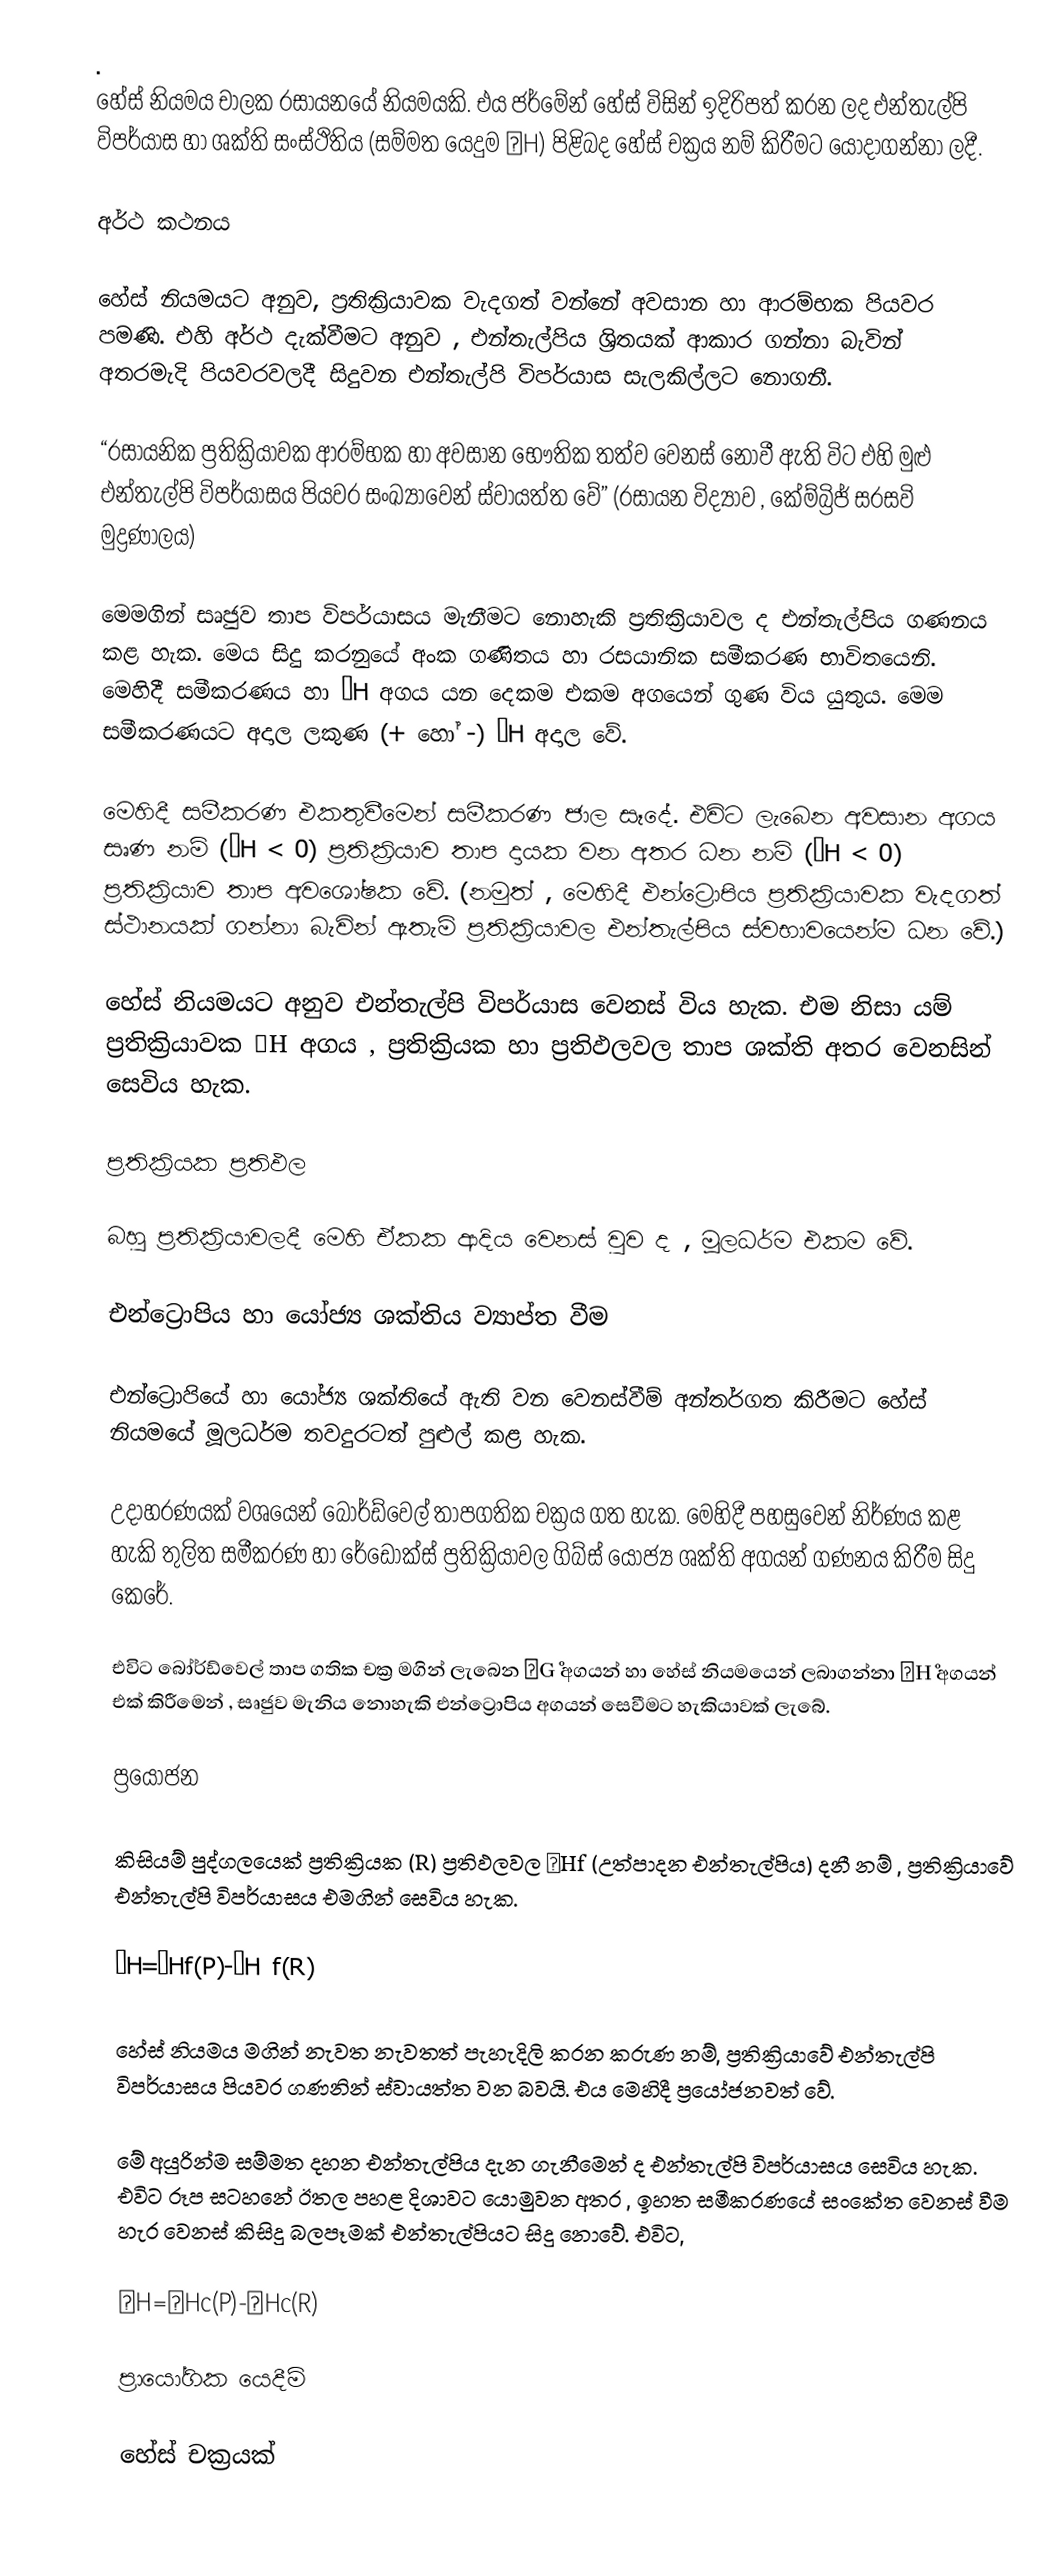
.
හේස්‍ නියමය චාලක රසායනයේ නියමයකි. එය ජර්මේන් හේස් විසින් ඉදිරිපත් කරන ලද එන්තැල්පි විපර්යාස හා ශක්ති සංස්ථිතිය (සම්මත යෙදුම ΔH) පිළිබද හේස් චක්‍රය නම් කිරීමට යොදාගන්නා ලදී.

අර්ථ කථනය

හේස් නියමයට අනුව, ප්‍රතික්‍රියාවක වැදගත් වන්නේ අවසාන හා ආරම්භක පියවර පමණි. එහි අර්ථ දැක්වීමට අනුව , එන්තැල්පිය ශ්‍රිතයක් ආකාර ගන්නා බැවින් අතරමැදි පියවරවලදී සිදුවන එන්තැල්පි විපර්යාස සැලකිල්ලට නොගනී.

“රසායනික ප්‍රතික්‍රියාවක ආරම්භක හා අවසාන භෞතික තත්ව වෙනස් නොවී ඇති විට එහි මුළු එන්තැල්පි විපර්යාසය පියවර සංඛ්‍යාවෙන් ස්වායත්ත වේ” (රසායන විද්‍යාව , කේම්බ්‍රිජ් සරසවි මුද්‍රණාලය)

මෙමගින් සෘජුව තාප විපර්යාසය මැනීමට නොහැකි ප්‍රතික්‍රියාවල ද එන්තැල්පිය ගණනය කළ හැක. මෙය සිදු කරනුයේ අංක ගණිතය හා රසයානික සමීකරණ භාවිතයෙනි. මෙහිදී සමීකරණය හා ΔH අගය යන දෙකම එකම අගයෙන් ගුණ විය යුතුය. මෙම සමීකරණයට අදාල ලකුණ (+ හෝ -) ΔH අදාල වේ.

මෙහිදී සමීකරණ එකතුවීමෙන් සමීකරණ ජාල සෑදේ. එවිට ලැබෙන අවසාන අගය සෘණ නම් (ΔH < 0) ප්‍රතික්‍රියාව තාප දායක වන අතර ධන නම් (ΔH < 0) ප්‍රතික්‍රියාව තාප අවශෝෂක වේ. (නමුත් , මෙහිදී එන්ට්‍රොපිය ප්‍රතික්‍රියාවක වැදගත් ස්ථානයක් ගන්නා බැවින් ඇතැම් ප්‍රතික්‍රියාවල එන්තැල්පිය ස්වභාවයෙන්ම ධන වේ.)

හේස් නියමයට අනුව එන්තැල්පි විපර්යාස වෙනස් විය හැක. එම නිසා යම් ප්‍රතික්‍රියාවක ΔH අගය , ප්‍රතික්‍රියක හා ප්‍රතිඵලවල තාප ශක්ති අතර වෙනසින් සෙවිය හැක.

ප්‍රතික්‍රියක ප්‍රතිඵල

බහු ප්‍රතික්‍රියාවලදී මෙහි ඒකක ආදිය වෙනස් වුව ද , මූලධර්ම එකම වේ.

එන්ට්‍රොපිය හා යෝජ්‍ය ශක්තිය ව්‍යාප්ත වීම

එන්ට්‍රොපියේ හා යෝජ්‍ය ශක්තියේ ඇති වන වෙනස්වීම් අන්තර්ගත කිරීමට හේස් නියමයේ මූලධර්ම තවදුරටත් පුළුල් කළ හැක.

උදාහරණයක් වශයෙන් බෝර්ඩ්වෙල් තාපගතික චක්‍රය ගත හැක. මෙහිදී පහසුවෙන් නිර්ණය කළ හැකි තුලිත සමීකරණ හා රේඩොක්ස් ප්‍රතික්‍රියාවල ගිබ්ස් යෝජ්‍ය ශක්ති අගයන් ගණනය කිරීම සිදු කෙරේ.

එවිට බෝර්ඩ්වෙල් තාප ගතික චක්‍ර මගින් ලැබෙන ΔG˚ අගයන් හා හේස් නියමයෙන් ලබාගන්නා ΔH˚ අගයන් එක් කිරීමෙන් , සෘජුව මැනිය නොහැකි එන්ට්‍රොපිය අගයන් සෙවීමට හැකියාවක් ලැබේ.

ප්‍රයෝජන

කිසියම් පුද්ගලයෙක් ප්‍රතික්‍රියක (R) ප්‍රතිඵලවල ΔHf (උත්පාදන එන්තැල්පිය) දනී නම් , ප්‍රතික්‍රියාවේ එන්තැල්පි විපර්යාසය එමගින් සෙවිය හැක.

ΔH=ΔHf(P)-ΔH f(R)

‍හේස් නියමය මගින් නැවත නැවතත් පැහැදිලි කරන කරුණ නම්, ප්‍රතික්‍රියාවේ එන්තැල්පි විපර්යාසය පියවර ගණනින් ස්වායත්ත වන බවයි. එය මෙහිදී ප්‍රයෝජනවත් වේ.

මේ අයුරින්ම සම්මත දහන එන්තැල්පිය දැන ගැනීමෙන් ද එන්තැල්පි විපර්යාසය සෙවිය හැක. එවිට රූප සටහනේ ඊතල පහළ දිශාවට යොමුවන අතර , ඉහත සමීකරණයේ සංකේත වෙනස් වීම හැර වෙනස් කිසිදු බලපෑමක් එන්තැල්පියට සිදු නොවේ. එවිට,

ΔH=ΔHc(P)-ΔHc(R)

ප්‍රායෝගික යෙදීම්

හේස් චක්‍රයක්